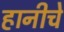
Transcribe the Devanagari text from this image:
हानीचे